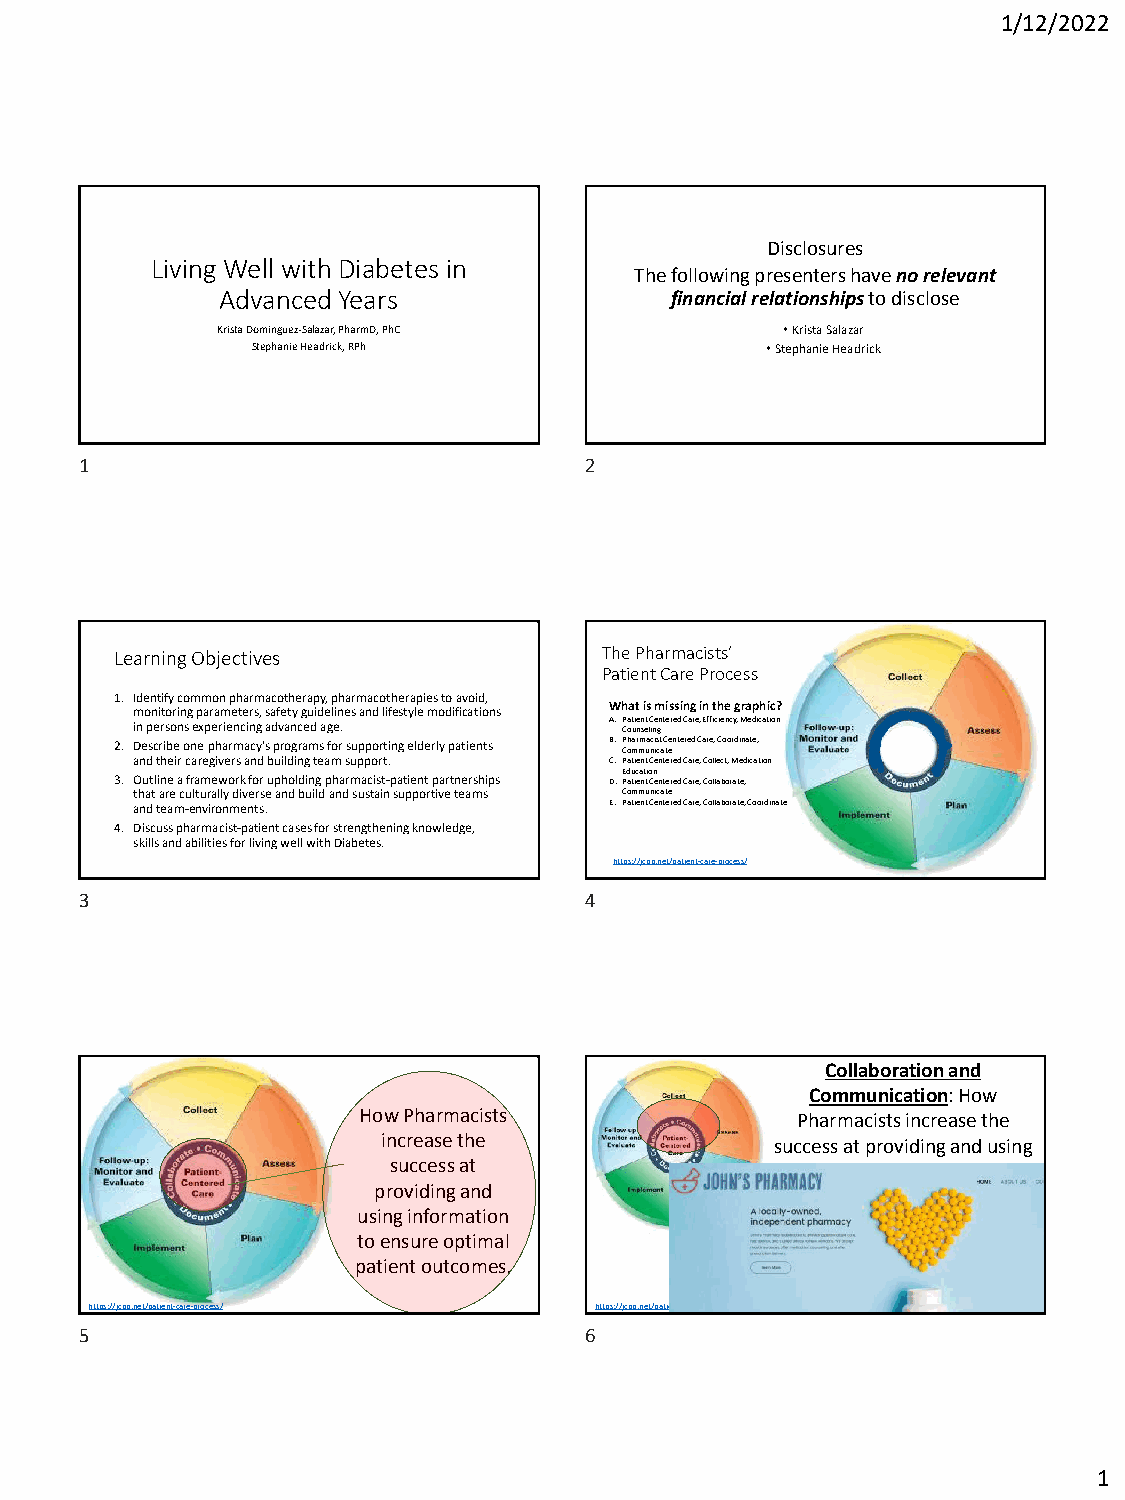
1/12/2022
 Disclosures
 Living Well with Diabetes in
 The following presenters have no relevant
 Advanced Years               financial relationshipsto disclose
 Krista Dominguez-Salazar, PharmD, PhC •Krista Salazar
 Stephanie Headrick, RPh           •Stephanie Headrick
 1                                 2
 Learning Objectives             The Pharmacists’
 Patient Care Process
 1. Identify common pharmacotherapy, pharmacotherapies to avoid,
 monitoring parameters, safety guidelines and lifestyle modifications What is missing in the graphic?
 in persons experiencing advanced age. A.P Ca ot uie nn set lC ine gntered Care, Efficiency, Medication
 2. Describe one pharmacy's programs for supporting elderly patients B.Pharmacist Centered Care, Coordinate,
 Communicate
 and their caregivers and building team support. C.Patient Centered Care, Collect, Medication
 Education
 3. Outline a framework for upholding pharmacist-patient partnerships D.Patient Centered Care, Collaborate,
 that are culturally diverse and build and sustain supportive teams Communicate
 and team-environments.         E. Patient Centered Care, Collaborate, Coordinate
 4. Discuss pharmacist-patient cases for strengthening knowledge,
 skills and abilities for living well with Diabetes.
 https://jcpp.net/patient-care-process/
 3                                 4
 Collaboration and
 Communication: How
 How Pharmacists              Pharmacists increase the
 increase the              success at providing and using
 success at               information to ensure optimal
 providing and                 patient outcomes.
 using information
 to ensure optimal
 patient outcomes.
 https://jcpp.net/patient-care-process/ https://jcpp.net/patient-care-process/
 5                                 6
 1